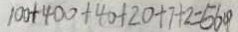
1 0 0 + 4 0 0 + 4 0 + 2 0 + 7 + 2 = 5 6 0